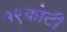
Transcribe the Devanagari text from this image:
१९कोटी